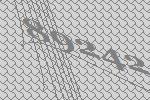
89242